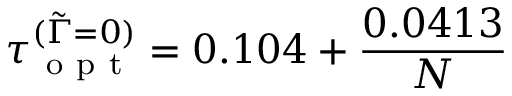
\tau _ { \mathrm { ~ o ~ p ~ t ~ } } ^ { ( \tilde { \Gamma } = 0 ) } = 0 . 1 0 4 + \frac { 0 . 0 4 1 3 } { N }